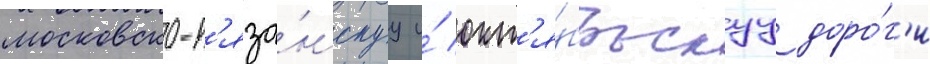
московско-р'яза́нскуу и́ окт'я́брьскуу доро́г'и